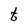
Character: t